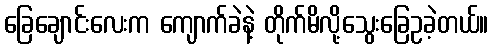
ခြေချောင်းလေးက ကျောက်ခဲနဲ့ တိုက်မိလို့သွေးခြေဥခဲ့တယ်။